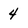
Character: 4